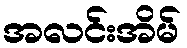
အလင်းအိမ်